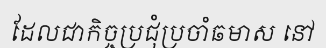
ដែលជាកិច្ចប្រជុំប្រចាំឆមាស នៅ